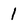
Character: 1